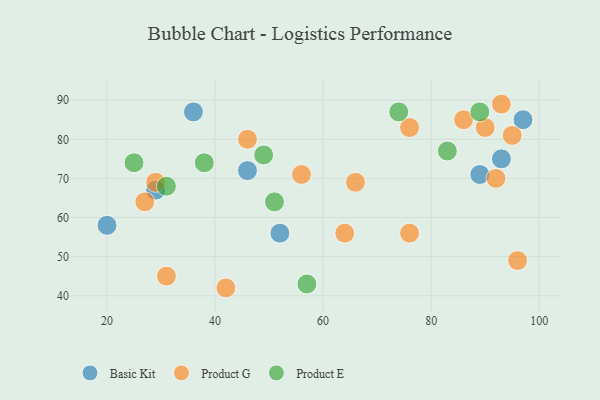
{"axis": {"x": "GDP", "y": "Life Expectancy"}, "legend": ["Basic Kit", "Product E", "Product G"], "data": [{"x": "20", "y": 58, "type": "Basic Kit"}, {"x": "52", "y": 56, "type": "Basic Kit"}, {"x": "89", "y": 71, "type": "Basic Kit"}, {"x": "97", "y": 85, "type": "Basic Kit"}, {"x": "93", "y": 75, "type": "Basic Kit"}, {"x": "46", "y": 72, "type": "Basic Kit"}, {"x": "36", "y": 87, "type": "Basic Kit"}, {"x": "29", "y": 67, "type": "Basic Kit"}, {"x": "92", "y": 70, "type": "Product G"}, {"x": "64", "y": 56, "type": "Product G"}, {"x": "27", "y": 64, "type": "Product G"}, {"x": "29", "y": 69, "type": "Product G"}, {"x": "90", "y": 83, "type": "Product G"}, {"x": "93", "y": 89, "type": "Product G"}, {"x": "56", "y": 71, "type": "Product G"}, {"x": "95", "y": 81, "type": "Product G"}, {"x": "66", "y": 69, "type": "Product G"}, {"x": "42", "y": 42, "type": "Product G"}, {"x": "86", "y": 85, "type": "Product G"}, {"x": "46", "y": 80, "type": "Product G"}, {"x": "96", "y": 49, "type": "Product G"}, {"x": "76", "y": 83, "type": "Product G"}, {"x": "31", "y": 45, "type": "Product G"}, {"x": "76", "y": 56, "type": "Product G"}, {"x": "57", "y": 43, "type": "Product E"}, {"x": "83", "y": 77, "type": "Product E"}, {"x": "74", "y": 87, "type": "Product E"}, {"x": "51", "y": 64, "type": "Product E"}, {"x": "38", "y": 74, "type": "Product E"}, {"x": "89", "y": 87, "type": "Product E"}, {"x": "31", "y": 68, "type": "Product E"}, {"x": "25", "y": 74, "type": "Product E"}, {"x": "49", "y": 76, "type": "Product E"}]}